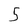
Character: 5